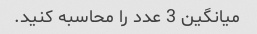
میانگین 3 عدد را محاسبه کنید.